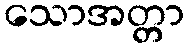
သောအတ္တာ